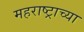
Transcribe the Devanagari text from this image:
महराष्ट्राच्या